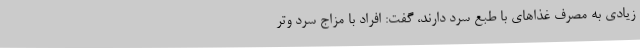
زیادی به مصرف غذا‌های با طبع سرد دارند، گفت: افراد با مزاج سرد و‌تر